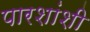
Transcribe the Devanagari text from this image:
पारशांशी